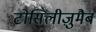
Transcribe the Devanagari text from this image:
टोसिलीज़ुमैब